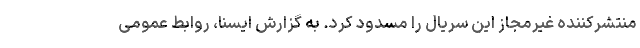
منتشرکننده غیرمجاز این سریال را مسدود کرد. به گزارش ایسنا، روابط عمومی